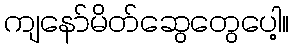
ကျနော်မိတ်ဆွေတွေပေါ့။